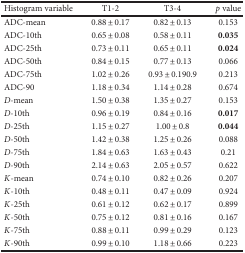
<table><thead><tr><td><b>Histogram variable</b></td><td><b>T1-2</b></td><td><b>T3-4</b></td><td><b><i>p</i> value</b></td></tr></thead><tbody><tr><td>ADC-mean</td><td>0.88 ± 0.17</td><td>0.82 ± 0.13</td><td>0.153</td></tr><tr><td>ADC-10th</td><td>0.65 ± 0.08</td><td>0.58 ± 0.11</td><td><b>0.035</b></td></tr><tr><td>ADC-25th</td><td>0.73 ± 0.11</td><td>0.65 ± 0.11</td><td><b>0.024</b></td></tr><tr><td>ADC-50th</td><td>0.84 ± 0.15</td><td>0.77 ± 0.13</td><td>0.066</td></tr><tr><td>ADC-75th</td><td>1.02 ± 0.26</td><td>0.93 ± 0.190.9</td><td>0.213</td></tr><tr><td>ADC-90</td><td>1.18 ± 0.34</td><td>1.14 ± 0.28</td><td>0.674</td></tr><tr><td><i>D</i>-mean</td><td>1.50 ± 0.38</td><td>1.35 ± 0.27</td><td>0.153</td></tr><tr><td><i>D</i>-10th</td><td>0.96 ± 0.19</td><td>0.84 ± 0.16</td><td><b>0.017</b></td></tr><tr><td><i>D</i>-25th</td><td>1.15 ± 0.27</td><td>1.00 ± 0.8</td><td><b>0.044</b></td></tr><tr><td><i>D</i>-50th</td><td>1.42 ± 0.38</td><td>1.25 ± 0.26</td><td>0.088</td></tr><tr><td><i>D</i>-75th</td><td>1.84 ± 0.63</td><td>1.63 ± 0.43</td><td>0.21</td></tr><tr><td><i>D</i>-90th</td><td>2.14 ± 0.63</td><td>2.05 ± 0.57</td><td>0.622</td></tr><tr><td><i>K</i>-mean</td><td>0.74 ± 0.10</td><td>0.82 ± 0.26</td><td>0.207</td></tr><tr><td><i>K</i>-10th</td><td>0.48 ± 0.11</td><td>0.47 ± 0.09</td><td>0.924</td></tr><tr><td><i>K</i>-25th</td><td>0.61 ± 0.12</td><td>0.62 ± 0.17</td><td>0.899</td></tr><tr><td><i>K</i>-50th</td><td>0.75 ± 0.12</td><td>0.81 ± 0.16</td><td>0.167</td></tr><tr><td><i>K</i>-75th</td><td>0.88 ± 0.11</td><td>0.99 ± 0.29</td><td>0.123</td></tr><tr><td><i>K</i>-90th</td><td>0.99 ± 0.10</td><td>1.18 ± 0.66</td><td>0.223</td></tr></tbody></table>